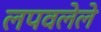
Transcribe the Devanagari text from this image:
लपवलेले